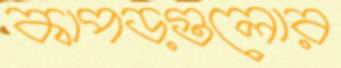
কাপড়গুলোর